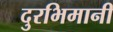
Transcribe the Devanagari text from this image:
दुरभिमानी